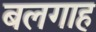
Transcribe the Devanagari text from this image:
बलगाह